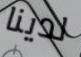
لدينا